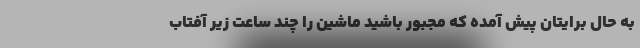
به حال برایتان پیش آمده که مجبور باشید ماشین را چند ساعت زیر آفتاب